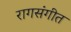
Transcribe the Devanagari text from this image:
रागसंगीत